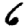
Digit: 6